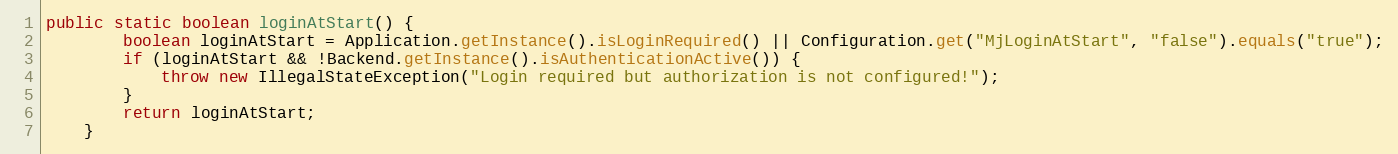
Language: Java
public static boolean loginAtStart() {
		boolean loginAtStart = Application.getInstance().isLoginRequired() || Configuration.get("MjLoginAtStart", "false").equals("true");
		if (loginAtStart && !Backend.getInstance().isAuthenticationActive()) {
			throw new IllegalStateException("Login required but authorization is not configured!");
		}
		return loginAtStart;
	}